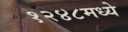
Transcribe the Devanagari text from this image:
१२४८मध्ये